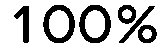
100%